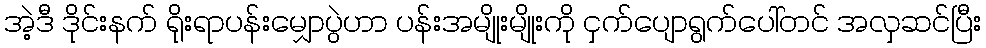
အဲ့ဒီ ဒိုင်းနက် ရိုးရာပန်းမျှောပွဲဟာ ပန်းအမျိုးမျိုးကို ငှက်ပျောရွက်ပေါ်တင် အလှဆင်ပြီး